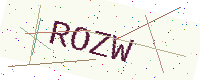
Text: ROZW